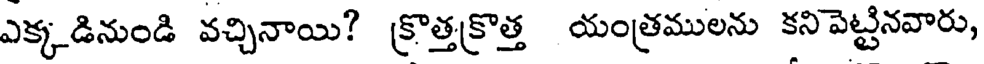
ఎక్కడినుండి వచ్చినాయి? క్రొత్తక్రొత్త యంత్రములను కనిపెట్టినవారు,